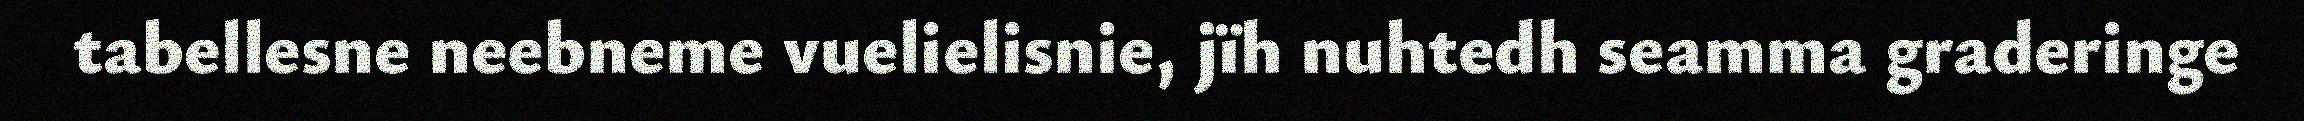
tabellesne neebneme vuelielisnie, jïh nuhtedh seamma graderinge